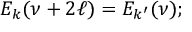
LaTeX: E _ { k } ( \nu + 2 \ell ) = E _ { k ^ { \prime } } ( \nu ) ;